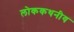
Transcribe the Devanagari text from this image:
लोककथनीय